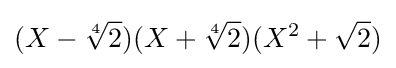
(X-{\sqrt[{4}]{2}})(X+{\sqrt[{4}]{2}})(X^{2}+{\sqrt {2}})